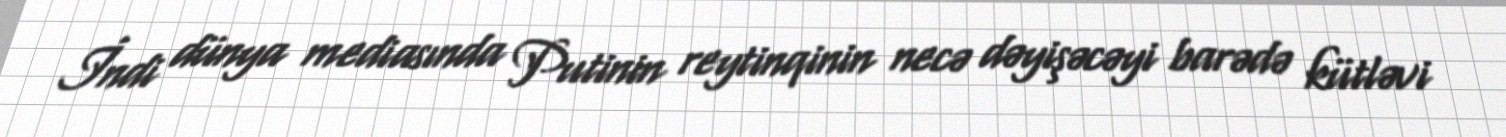
İndi dünya mediasında Putinin reytinqinin necə dəyişəcəyi barədə kütləvi